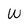
Character: w